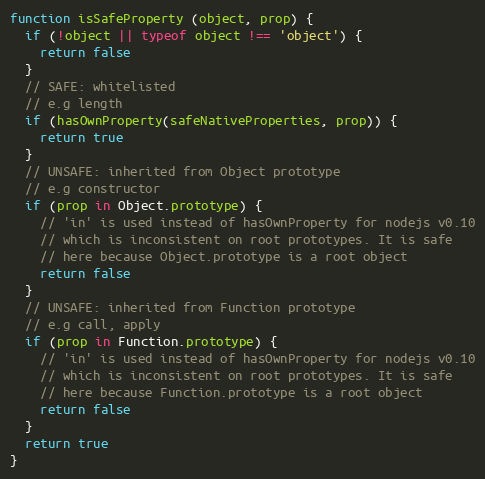
Language: JavaScript
function isSafeProperty (object, prop) {
  if (!object || typeof object !== 'object') {
    return false
  }
  // SAFE: whitelisted
  // e.g length
  if (hasOwnProperty(safeNativeProperties, prop)) {
    return true
  }
  // UNSAFE: inherited from Object prototype
  // e.g constructor
  if (prop in Object.prototype) {
    // 'in' is used instead of hasOwnProperty for nodejs v0.10
    // which is inconsistent on root prototypes. It is safe
    // here because Object.prototype is a root object
    return false
  }
  // UNSAFE: inherited from Function prototype
  // e.g call, apply
  if (prop in Function.prototype) {
    // 'in' is used instead of hasOwnProperty for nodejs v0.10
    // which is inconsistent on root prototypes. It is safe
    // here because Function.prototype is a root object
    return false
  }
  return true
}